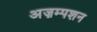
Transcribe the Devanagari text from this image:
अज़म्पशन